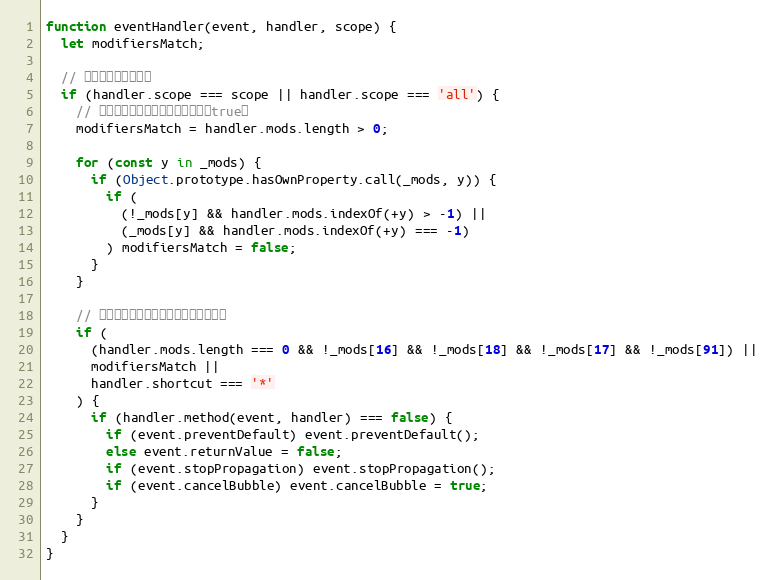
Language: JavaScript
function eventHandler(event, handler, scope) {
  let modifiersMatch;

  // 看它是否在当前范围
  if (handler.scope === scope || handler.scope === 'all') {
    // 检查是否匹配修饰符（如果有返回true）
    modifiersMatch = handler.mods.length > 0;

    for (const y in _mods) {
      if (Object.prototype.hasOwnProperty.call(_mods, y)) {
        if (
          (!_mods[y] && handler.mods.indexOf(+y) > -1) ||
          (_mods[y] && handler.mods.indexOf(+y) === -1)
        ) modifiersMatch = false;
      }
    }

    // 调用处理程序，如果是修饰键不做处理
    if (
      (handler.mods.length === 0 && !_mods[16] && !_mods[18] && !_mods[17] && !_mods[91]) ||
      modifiersMatch ||
      handler.shortcut === '*'
    ) {
      if (handler.method(event, handler) === false) {
        if (event.preventDefault) event.preventDefault();
        else event.returnValue = false;
        if (event.stopPropagation) event.stopPropagation();
        if (event.cancelBubble) event.cancelBubble = true;
      }
    }
  }
}